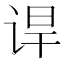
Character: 𬣸